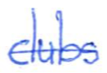
Text: clubs
Cross-out: single-line
Writing tool: ballpoint